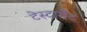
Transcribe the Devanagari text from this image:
टेस्टामैंट